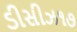
ડીસીઝ૧૭